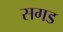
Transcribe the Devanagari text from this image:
सगड